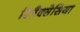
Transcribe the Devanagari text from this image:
रिलैक्सेसिया